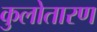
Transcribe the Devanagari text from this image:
कुलोतारण